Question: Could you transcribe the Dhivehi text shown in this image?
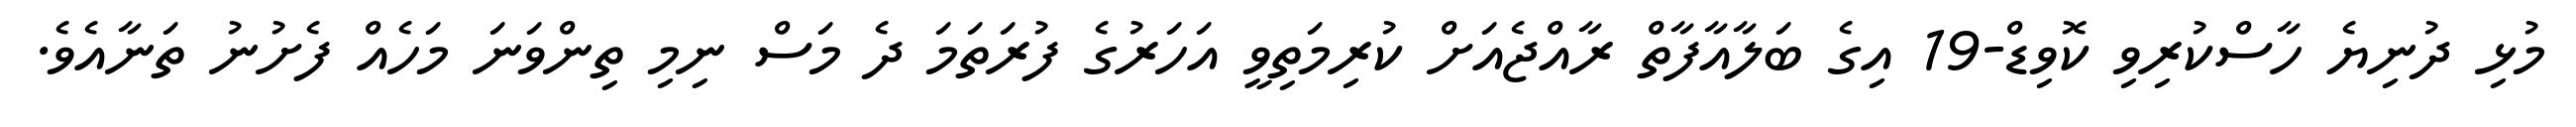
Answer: މުޅި ދުނިޔެ ހާސްކުރިވި ކޮވިޑް-19 އިގެ ބަލާއާފާތް ރާއްޖެއަށް ކުރިމަތިވީ އަހަރުގެ ފުރަތަމަ ދެ މަސް ނިމި ތިންވަނަ މަހެއް ފެށުނު ތަނާއެވެ.